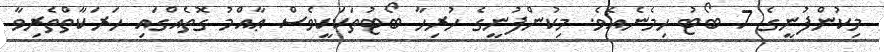
މިކުންފުނީގެ 7 ބޯޓު ހިމެނެއެވެ. މިކުންފުނީގެ ހުރިހާ ބޯޓުތަކަކީވެސް ޢާއްމު ގޮތެއްގައި ހަރަކާތްތެރިވާ